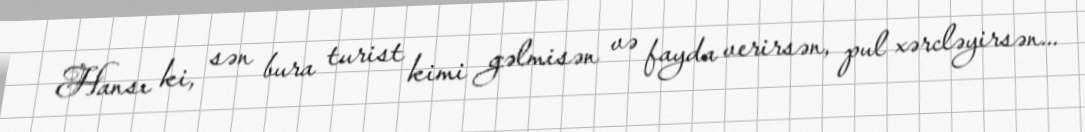
Hansı ki, sən bura turist kimi gəlmisən və fayda verirsən, pul xərcləyirsən...